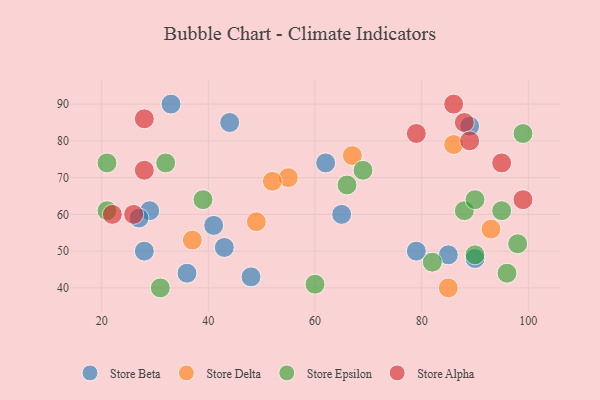
{"axis": {"x": "GDP", "y": "Life Expectancy"}, "legend": ["Store Alpha", "Store Beta", "Store Delta", "Store Epsilon"], "data": [{"x": "85", "y": 49, "type": "Store Beta"}, {"x": "89", "y": 84, "type": "Store Beta"}, {"x": "36", "y": 44, "type": "Store Beta"}, {"x": "79", "y": 50, "type": "Store Beta"}, {"x": "41", "y": 57, "type": "Store Beta"}, {"x": "48", "y": 43, "type": "Store Beta"}, {"x": "65", "y": 60, "type": "Store Beta"}, {"x": "90", "y": 48, "type": "Store Beta"}, {"x": "28", "y": 50, "type": "Store Beta"}, {"x": "62", "y": 74, "type": "Store Beta"}, {"x": "43", "y": 51, "type": "Store Beta"}, {"x": "29", "y": 61, "type": "Store Beta"}, {"x": "44", "y": 85, "type": "Store Beta"}, {"x": "33", "y": 90, "type": "Store Beta"}, {"x": "27", "y": 59, "type": "Store Beta"}, {"x": "55", "y": 70, "type": "Store Delta"}, {"x": "67", "y": 76, "type": "Store Delta"}, {"x": "86", "y": 79, "type": "Store Delta"}, {"x": "52", "y": 69, "type": "Store Delta"}, {"x": "85", "y": 40, "type": "Store Delta"}, {"x": "93", "y": 56, "type": "Store Delta"}, {"x": "37", "y": 53, "type": "Store Delta"}, {"x": "49", "y": 58, "type": "Store Delta"}, {"x": "21", "y": 74, "type": "Store Epsilon"}, {"x": "39", "y": 64, "type": "Store Epsilon"}, {"x": "95", "y": 61, "type": "Store Epsilon"}, {"x": "82", "y": 47, "type": "Store Epsilon"}, {"x": "66", "y": 68, "type": "Store Epsilon"}, {"x": "88", "y": 61, "type": "Store Epsilon"}, {"x": "31", "y": 40, "type": "Store Epsilon"}, {"x": "90", "y": 49, "type": "Store Epsilon"}, {"x": "90", "y": 64, "type": "Store Epsilon"}, {"x": "98", "y": 52, "type": "Store Epsilon"}, {"x": "99", "y": 82, "type": "Store Epsilon"}, {"x": "21", "y": 61, "type": "Store Epsilon"}, {"x": "60", "y": 41, "type": "Store Epsilon"}, {"x": "69", "y": 72, "type": "Store Epsilon"}, {"x": "96", "y": 44, "type": "Store Epsilon"}, {"x": "32", "y": 74, "type": "Store Epsilon"}, {"x": "88", "y": 85, "type": "Store Alpha"}, {"x": "86", "y": 90, "type": "Store Alpha"}, {"x": "28", "y": 72, "type": "Store Alpha"}, {"x": "89", "y": 80, "type": "Store Alpha"}, {"x": "99", "y": 64, "type": "Store Alpha"}, {"x": "26", "y": 60, "type": "Store Alpha"}, {"x": "28", "y": 86, "type": "Store Alpha"}, {"x": "79", "y": 82, "type": "Store Alpha"}, {"x": "22", "y": 60, "type": "Store Alpha"}, {"x": "95", "y": 74, "type": "Store Alpha"}]}